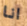
انا